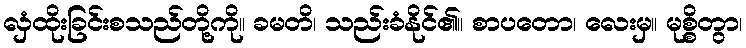
လှံထိုးခြင်းစသည်တို့ကို။ ခမတိ၊ သည်းခံနိုင်၏။ စာပတော၊ လေးမှ။ မုစ္စိတွာ၊